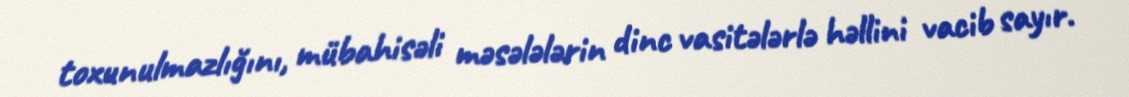
toxunulmazlığını, mübahisəli məsələlərin dinc vasitələrlə həllini vacib sayır.